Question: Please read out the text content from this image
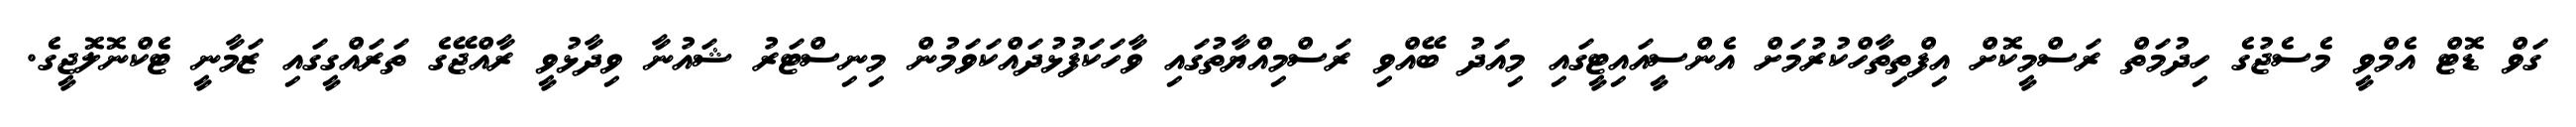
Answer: ގަވް ޑޮޓް އެމްވީ މެސެޖުގެ ހިދުމަތް ރަސްމީކޮށް އިފްތިތާހްކުރުމަށް އެންސީއައިޓީގައި މިއަދު ބޭއްވި ރަސްމިއްޔާތުގައި ވާހަކަފުޅުދައްކަވަމުން މިނިސްޓަރު ޝައުނާ ވިދާޅުވީ ރާއްޖޭގެ ތަރައްގީގައި ޒަމާނީ ޓެކްނޮލޮޖީގެ.